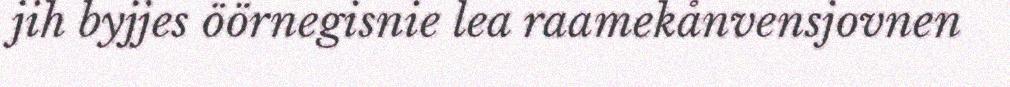
jih byjjes öörnegisnie lea raamekånvensjovnen